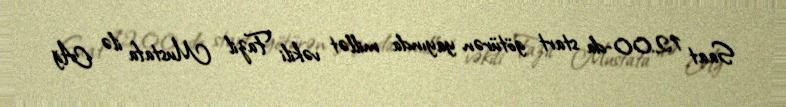
Saat 12.00-da start götürən yayında millət vəkili Fazil Mustafa ilə Ağ